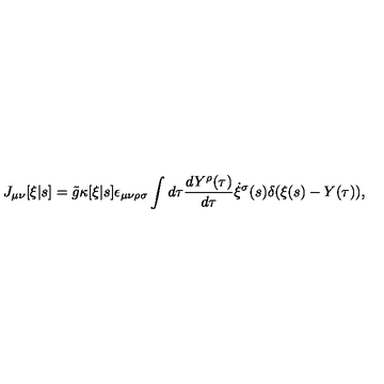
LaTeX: J _ { \mu \nu } [ \xi | s ] = \tilde { g } \kappa [ \xi | s ] \epsilon _ { \mu \nu \rho \sigma } \int d \tau \frac { d Y ^ { \rho } ( \tau ) } { d \tau } \dot { \xi } ^ { \sigma } ( s ) \delta ( \xi ( s ) - Y ( \tau ) ) ,